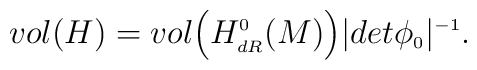
vol(H) = vol\Bigl(H^{\scriptscriptstyle 0}_{\scriptscriptstyle dR}(M)\Bigr) \vert det\phi_{\scriptscriptstyle 0}\vert^{\scriptscriptstyle -1}.